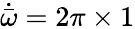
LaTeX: \dot{\bar{\omega}}=2\pi\times 1